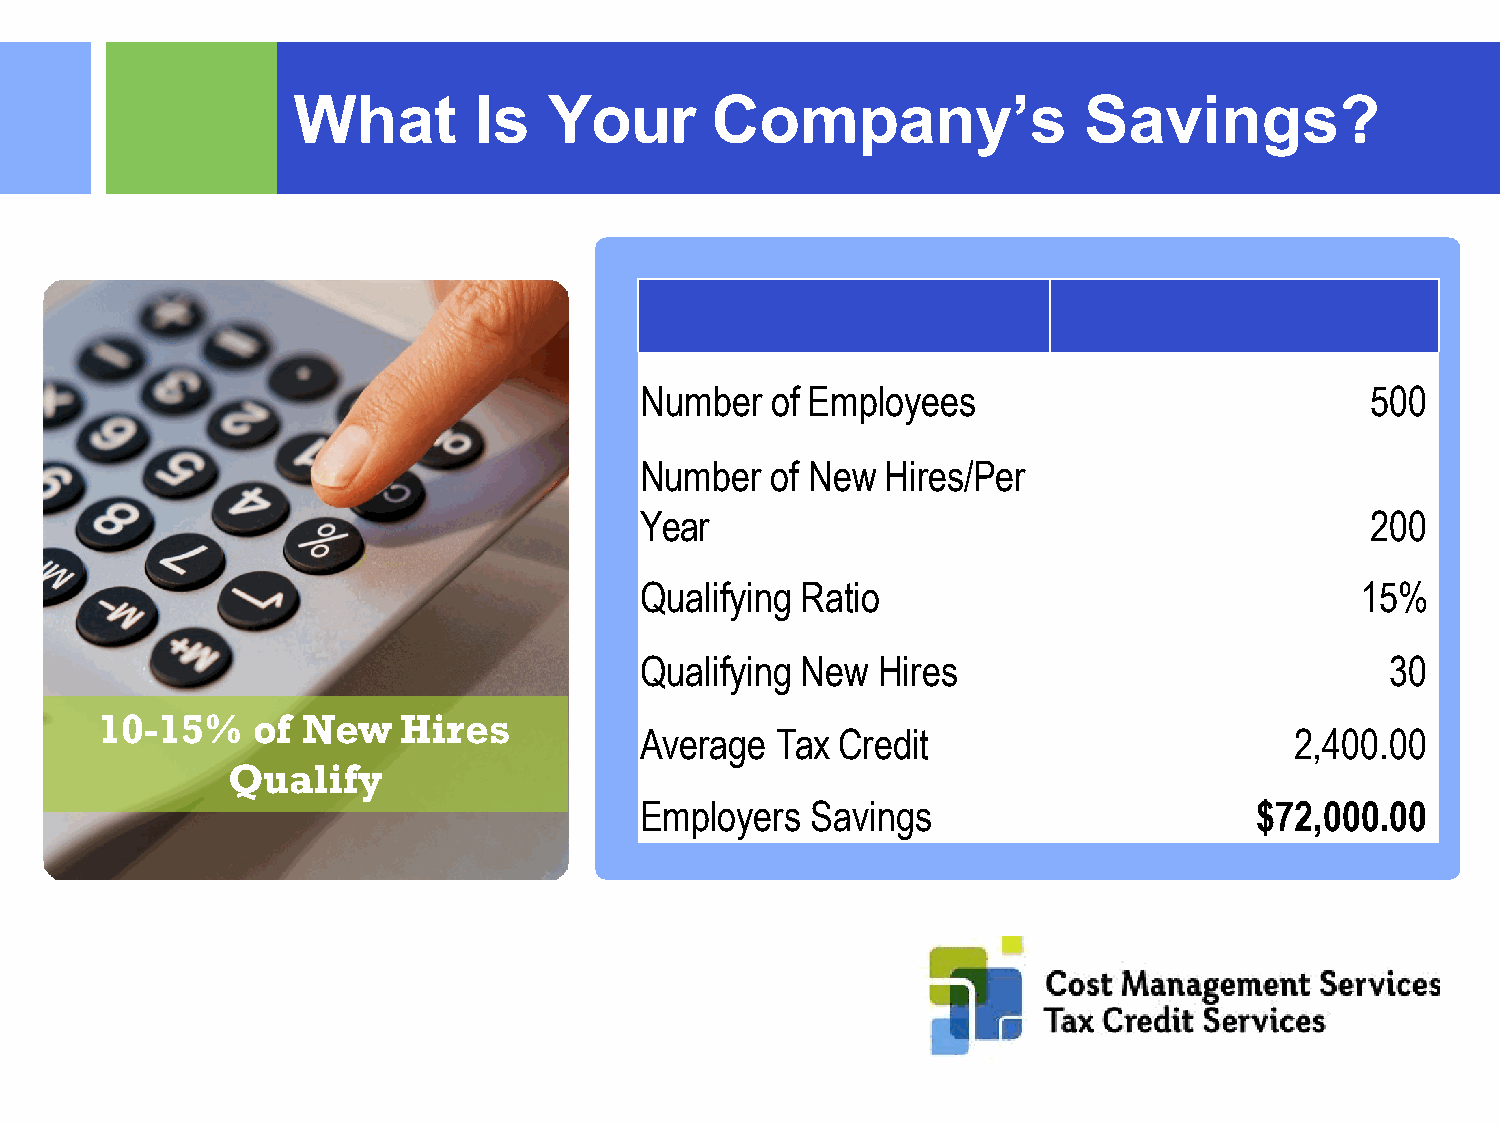
What        Is   Your       Company’s                Savings?
 Number   of Employees                            500
 Number   of New  Hires/Per
 Year                                             200
 Qualifying Ratio                                15%
 Qualifying New  Hires                             30
 10-15%    of New   Hires
 Average  Tax Credit                         2,400.00
 Qualify
 Employers   Savings                      $72,000.00
 ©2015 RSM US LLP. All RightsReserved.